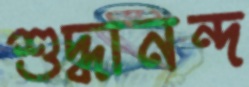
শুদ্ধানন্দ